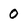
Character: 0